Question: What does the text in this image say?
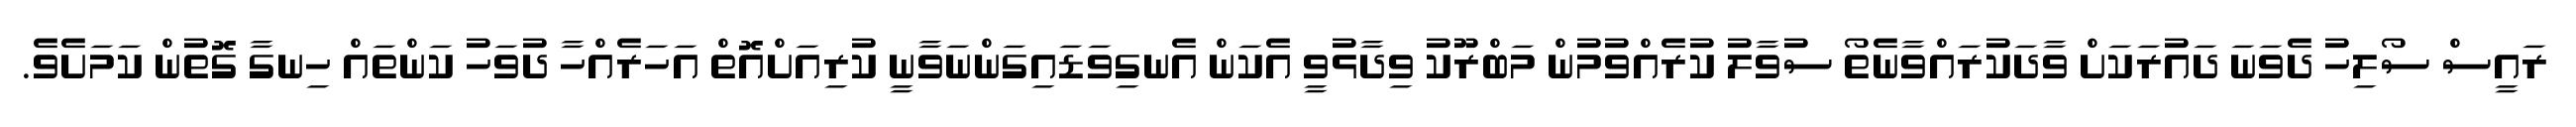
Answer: ރައީސް ސޯލިހު ދެވަނަ ދައުރަކަށް ވާދަކުރައްވާނެތޯ ސުވާލު ކުރެއްވުމުން މަބްރޫކު ވިދާޅުވީ އެކަން އެނގިވަޑައިގަންނަވާނީ ކުރިއަށްއޮތް އަހަރެއްހާ ދުވަހު ކަންތައް ހިނގާ ގޮތުން ކަމަށެވެ.